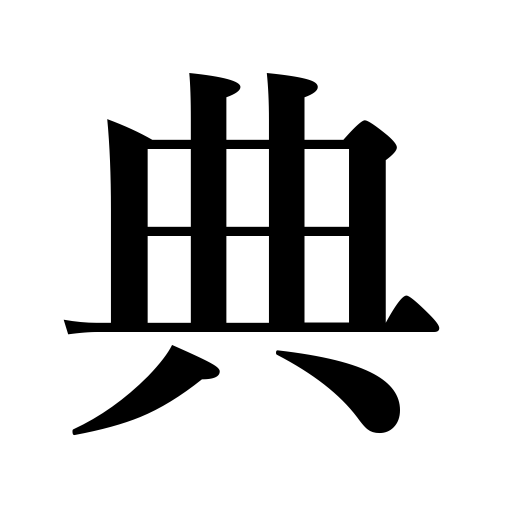
Meanings: celebration,ceremony,law code